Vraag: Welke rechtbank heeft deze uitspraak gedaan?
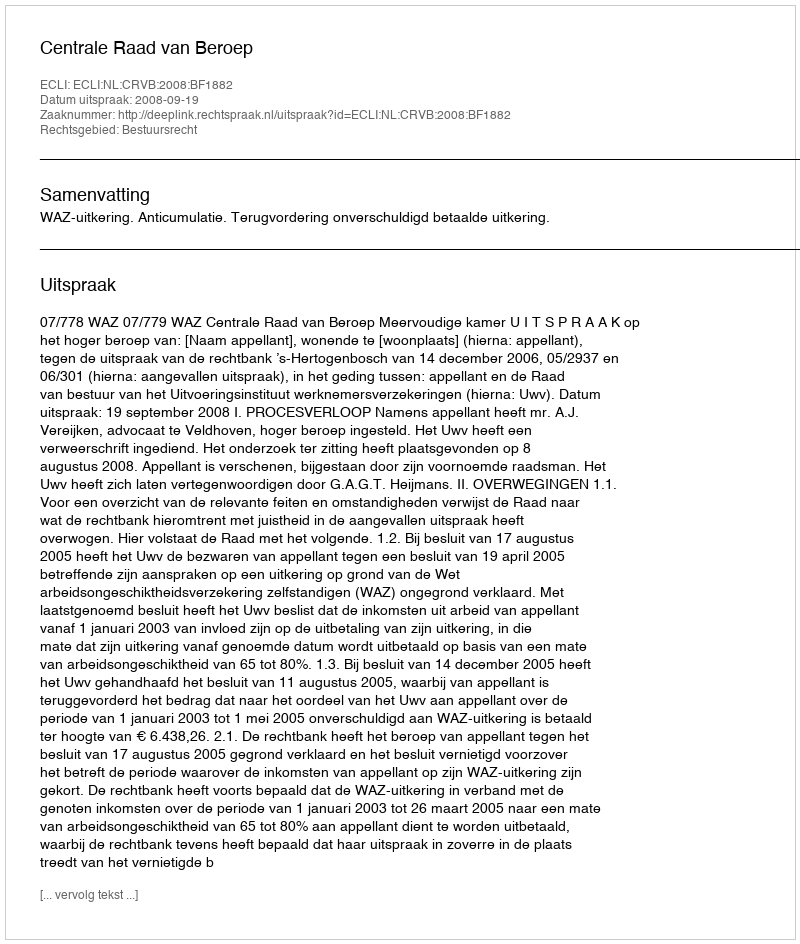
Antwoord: Centrale Raad van Beroep